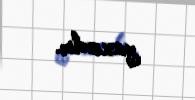
yaxındır.